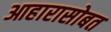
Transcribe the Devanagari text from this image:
आहारासोबत